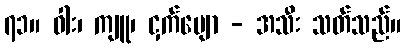
၇၁။ ဝါး၊ ကျူ၊ ငှက်ပျော - အသီး သတ်သည်။